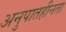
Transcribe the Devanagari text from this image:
अनुपातहीनता